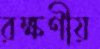
রক্ষণীয়